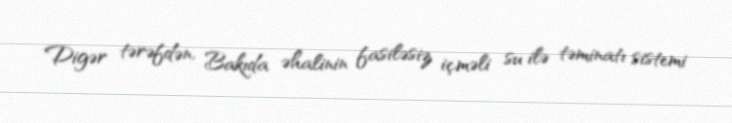
Digər tərəfdən, Bakıda əhalinin fasiləsiz içməli su ilə təminatı sistemi